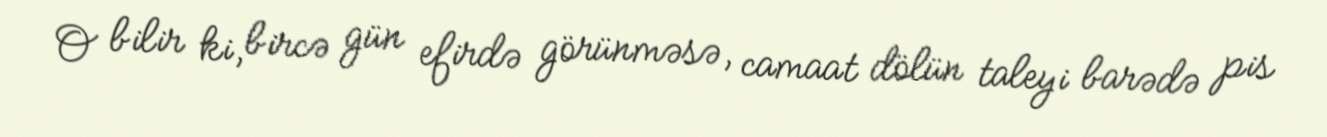
O bilir ki, bircə gün efirdə görünməsə, camaat dölün taleyi barədə pis